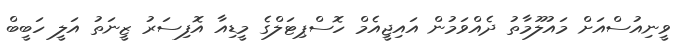
ވީނިއުސްއަށް މައުލޫމާތު ދެއްވަމުން އައިޖީއެމް ހޮސްޕިޓަލްގެ މީޑިއާ އޮފިސަރު ޒީނަތު އަލީ ހަބީބް